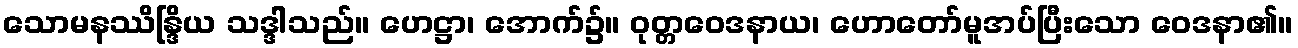
သောမနဿိန္ဒြိယ သဒ္ဒါသည်။ ဟေဋ္ဌာ၊ အောက်၌။ ဝုတ္တဝေဒနာယ၊ ဟောတော်မူအပ်ပြီးသော ဝေဒနာ၏။